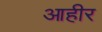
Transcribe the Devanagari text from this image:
आहीर